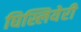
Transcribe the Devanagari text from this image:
घिस्लियेरी